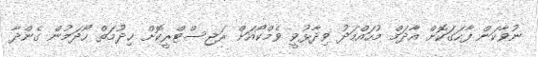
ނުވާކަން ފާހަގަކޮށް އާދަމް މުހައްމަދު ވިދާޅުވީ ވެމްކޯއަށް ރަޖިސްޓްރީކޮށް ޚިދުމަތް ހޯދަމުން ގެންދާ